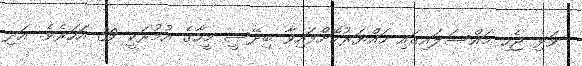
ވަޅި ޖެހި މައްސަލައިގައި ހައްޔަރުކޮށްފައިވާ ބިދޭސީ މީހާގެ އުމުރަކީ 39 އަހަރެވެ. އަދި